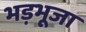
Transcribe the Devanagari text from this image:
भड़भूजा